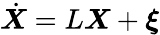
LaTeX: \dot{\boldsymbol{X}}=L\boldsymbol{X}+{\boldsymbol\xi}